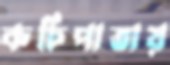
কচিপাতায়